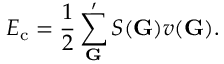
E _ { \mathrm { c } } = \frac { 1 } { 2 } \sum _ { { \bf G } } ^ { \prime } S ( { \bf G } ) { v } ( { \bf G } ) .